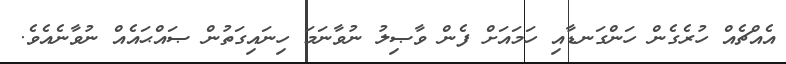
އެއްޗެއް ހުރެގެން ހަންގަނޑާއި ހަމައަށް ފެން ވާޞިލު ނުވާނަމަ ހިނައިގަތުން ޞައްޙައެއް ނުވާނެއެވެ.